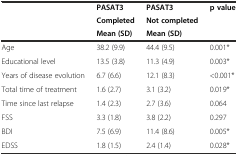
<table><thead><tr><td rowspan="3"></td><td><b>PASAT3</b></td><td><b>PASAT3</b></td><td rowspan="3"><b>p value</b></td></tr><tr><td><b>Completed</b></td><td><b>Not completed</b></td></tr><tr><td><b>Mean (SD)</b></td><td><b>Mean (SD)</b></td></tr></thead><tbody><tr><td>Age</td><td>38.2 (9.9)</td><td>44.4 (9.5)</td><td>0.001*</td></tr><tr><td>Educational level</td><td>13.5 (3.8)</td><td>11.3 (4.9)</td><td>0.003*</td></tr><tr><td>Years of disease evolution</td><td>6.7 (6.6)</td><td>12.1 (8.3)</td><td>&lt;0.001*</td></tr><tr><td>Total time of treatment</td><td>1.6 (2.7)</td><td>3.1 (3.2)</td><td>0.019*</td></tr><tr><td>Time since last relapse</td><td>1.4 (2.3)</td><td>2.7 (3.6)</td><td>0.064</td></tr><tr><td>FSS</td><td>3.3 (1.8)</td><td>3.8 (2.2)</td><td>0.297</td></tr><tr><td>BDI</td><td>7.5 (6.9)</td><td>11.4 (8.6)</td><td>0.005*</td></tr><tr><td>EDSS</td><td>1.8 (1.5)</td><td>2.4 (1.4)</td><td>0.028*</td></tr></tbody></table>